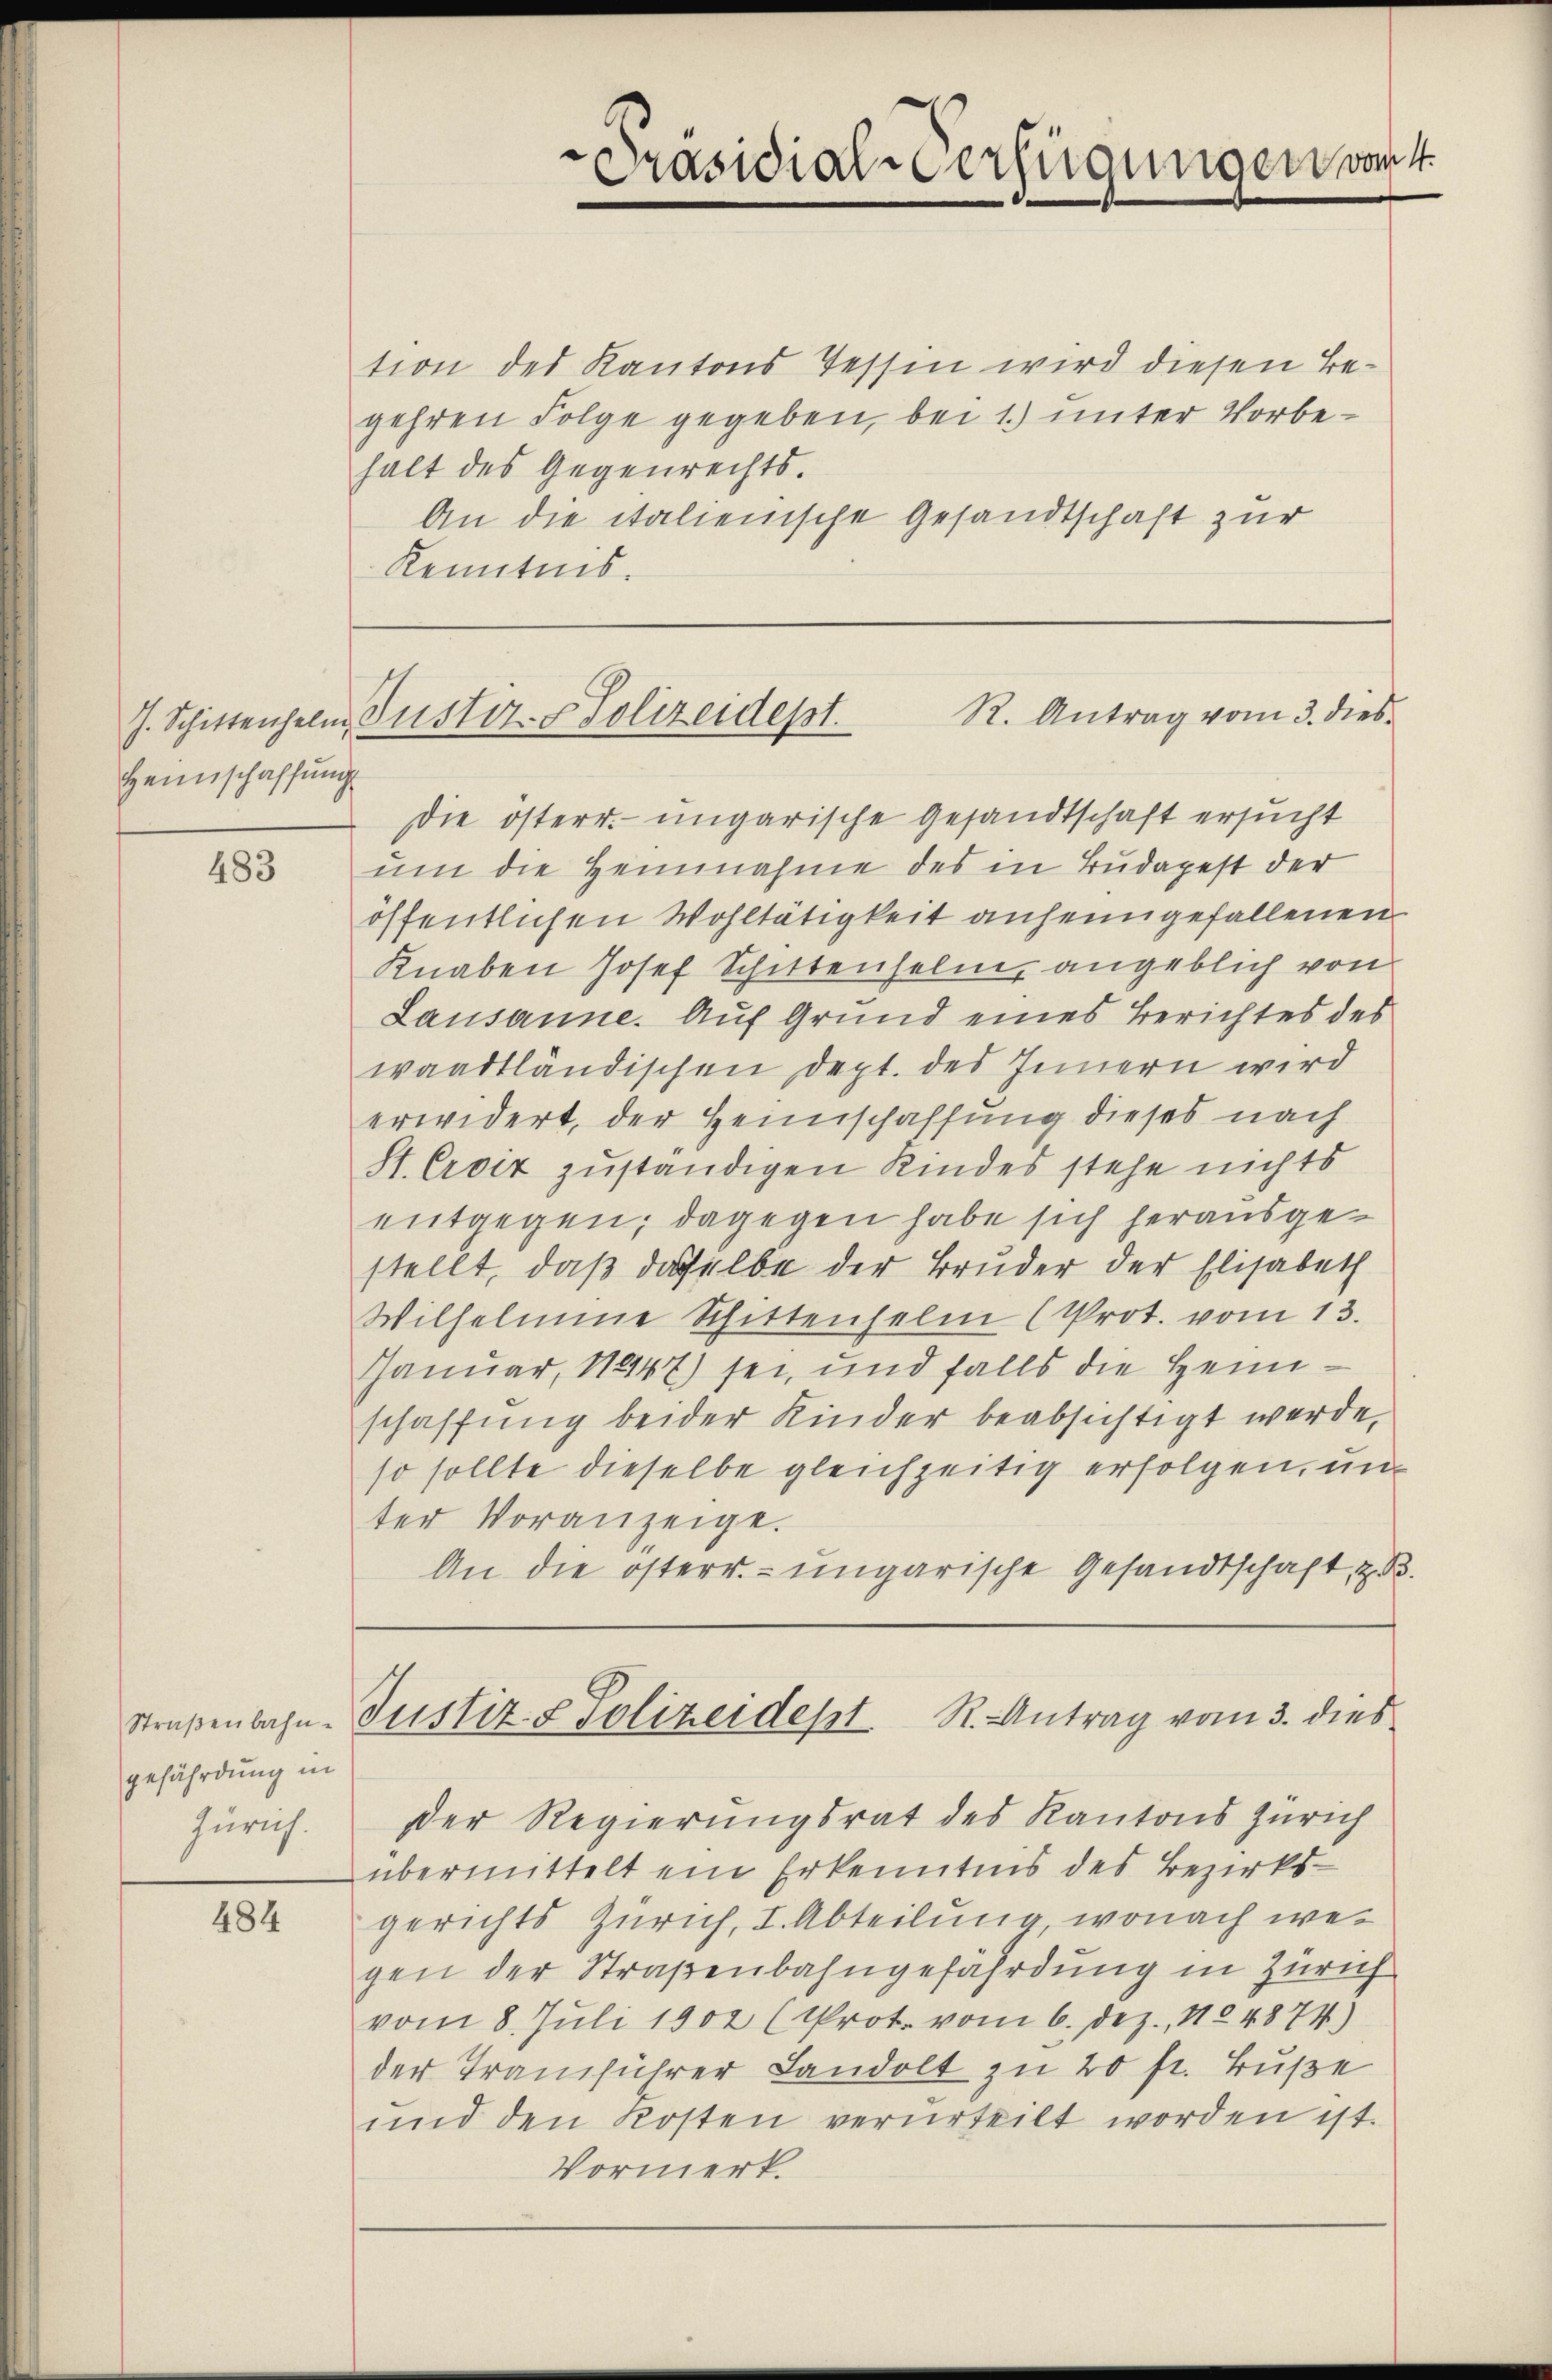
Heimschaffung

483

Straβenbahn-
gefährdung in
Zürich.

484

tion des Kantons Tessin wird diesen Begehren Folge gegeben, bei 1) unter Vorbehalt des Gegenrechts.
An die italienische Gesandtschaft zur
Kenntnis.

.
Präsidial-Verfügungen von 4.

R. Antrag vom 3. dies
J. Schittenhelm, Justiz- & Polizeidept.

Die österr. ungarische Gesandtschaft ersucht
um die Heinnahme des in Budapest der
öffentlichen Wohltätigkeit anheimgefallenen
Knaben Josef Schittenseln, angeblich von
Lausanne. Auf Grund eines Berichtes des
waadtländischen Dept. des Innern wird
erwidert, der Heimschaffung dieses nach
St. Croix zuständigen Kindes stehe nichts
entgegen; dagegen habe sich herausgestellt, daß daselbe der Bruder der Elisabeth
Wilhelmine Schittenselm (Prot. vom 13.
Januar, 1447) sei, und falls die Heimschaffung beider Kinder beabsichtigt werde,
so sollte dieselbe gleichzeitig erfolgen, unter Voranzeige.
An die österr. ungarische Gesandtschaft, z.
Justiz- & Polizeidept R. Antrag vom 3. dies
Der Regierungsrat des Kantons Zürich
übermittelt ein Erkenntnis des Bezirksgerichts Zürich, I. Abteilung, wonach wegen der Straßenbahngefährdung in Zürich
vom 8. Juli 1902 (Prot. vom 6. dez. 1824874)
der Tranführer Landolt zu 20 fr. Buße
und den Kosten verurteilt worden ist.
Vormerk.